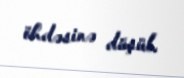
öhdəsinə düşüb.